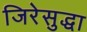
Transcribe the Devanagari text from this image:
जिरेसुद्धा